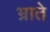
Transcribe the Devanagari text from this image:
भ्राते